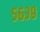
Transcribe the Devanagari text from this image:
५६३९